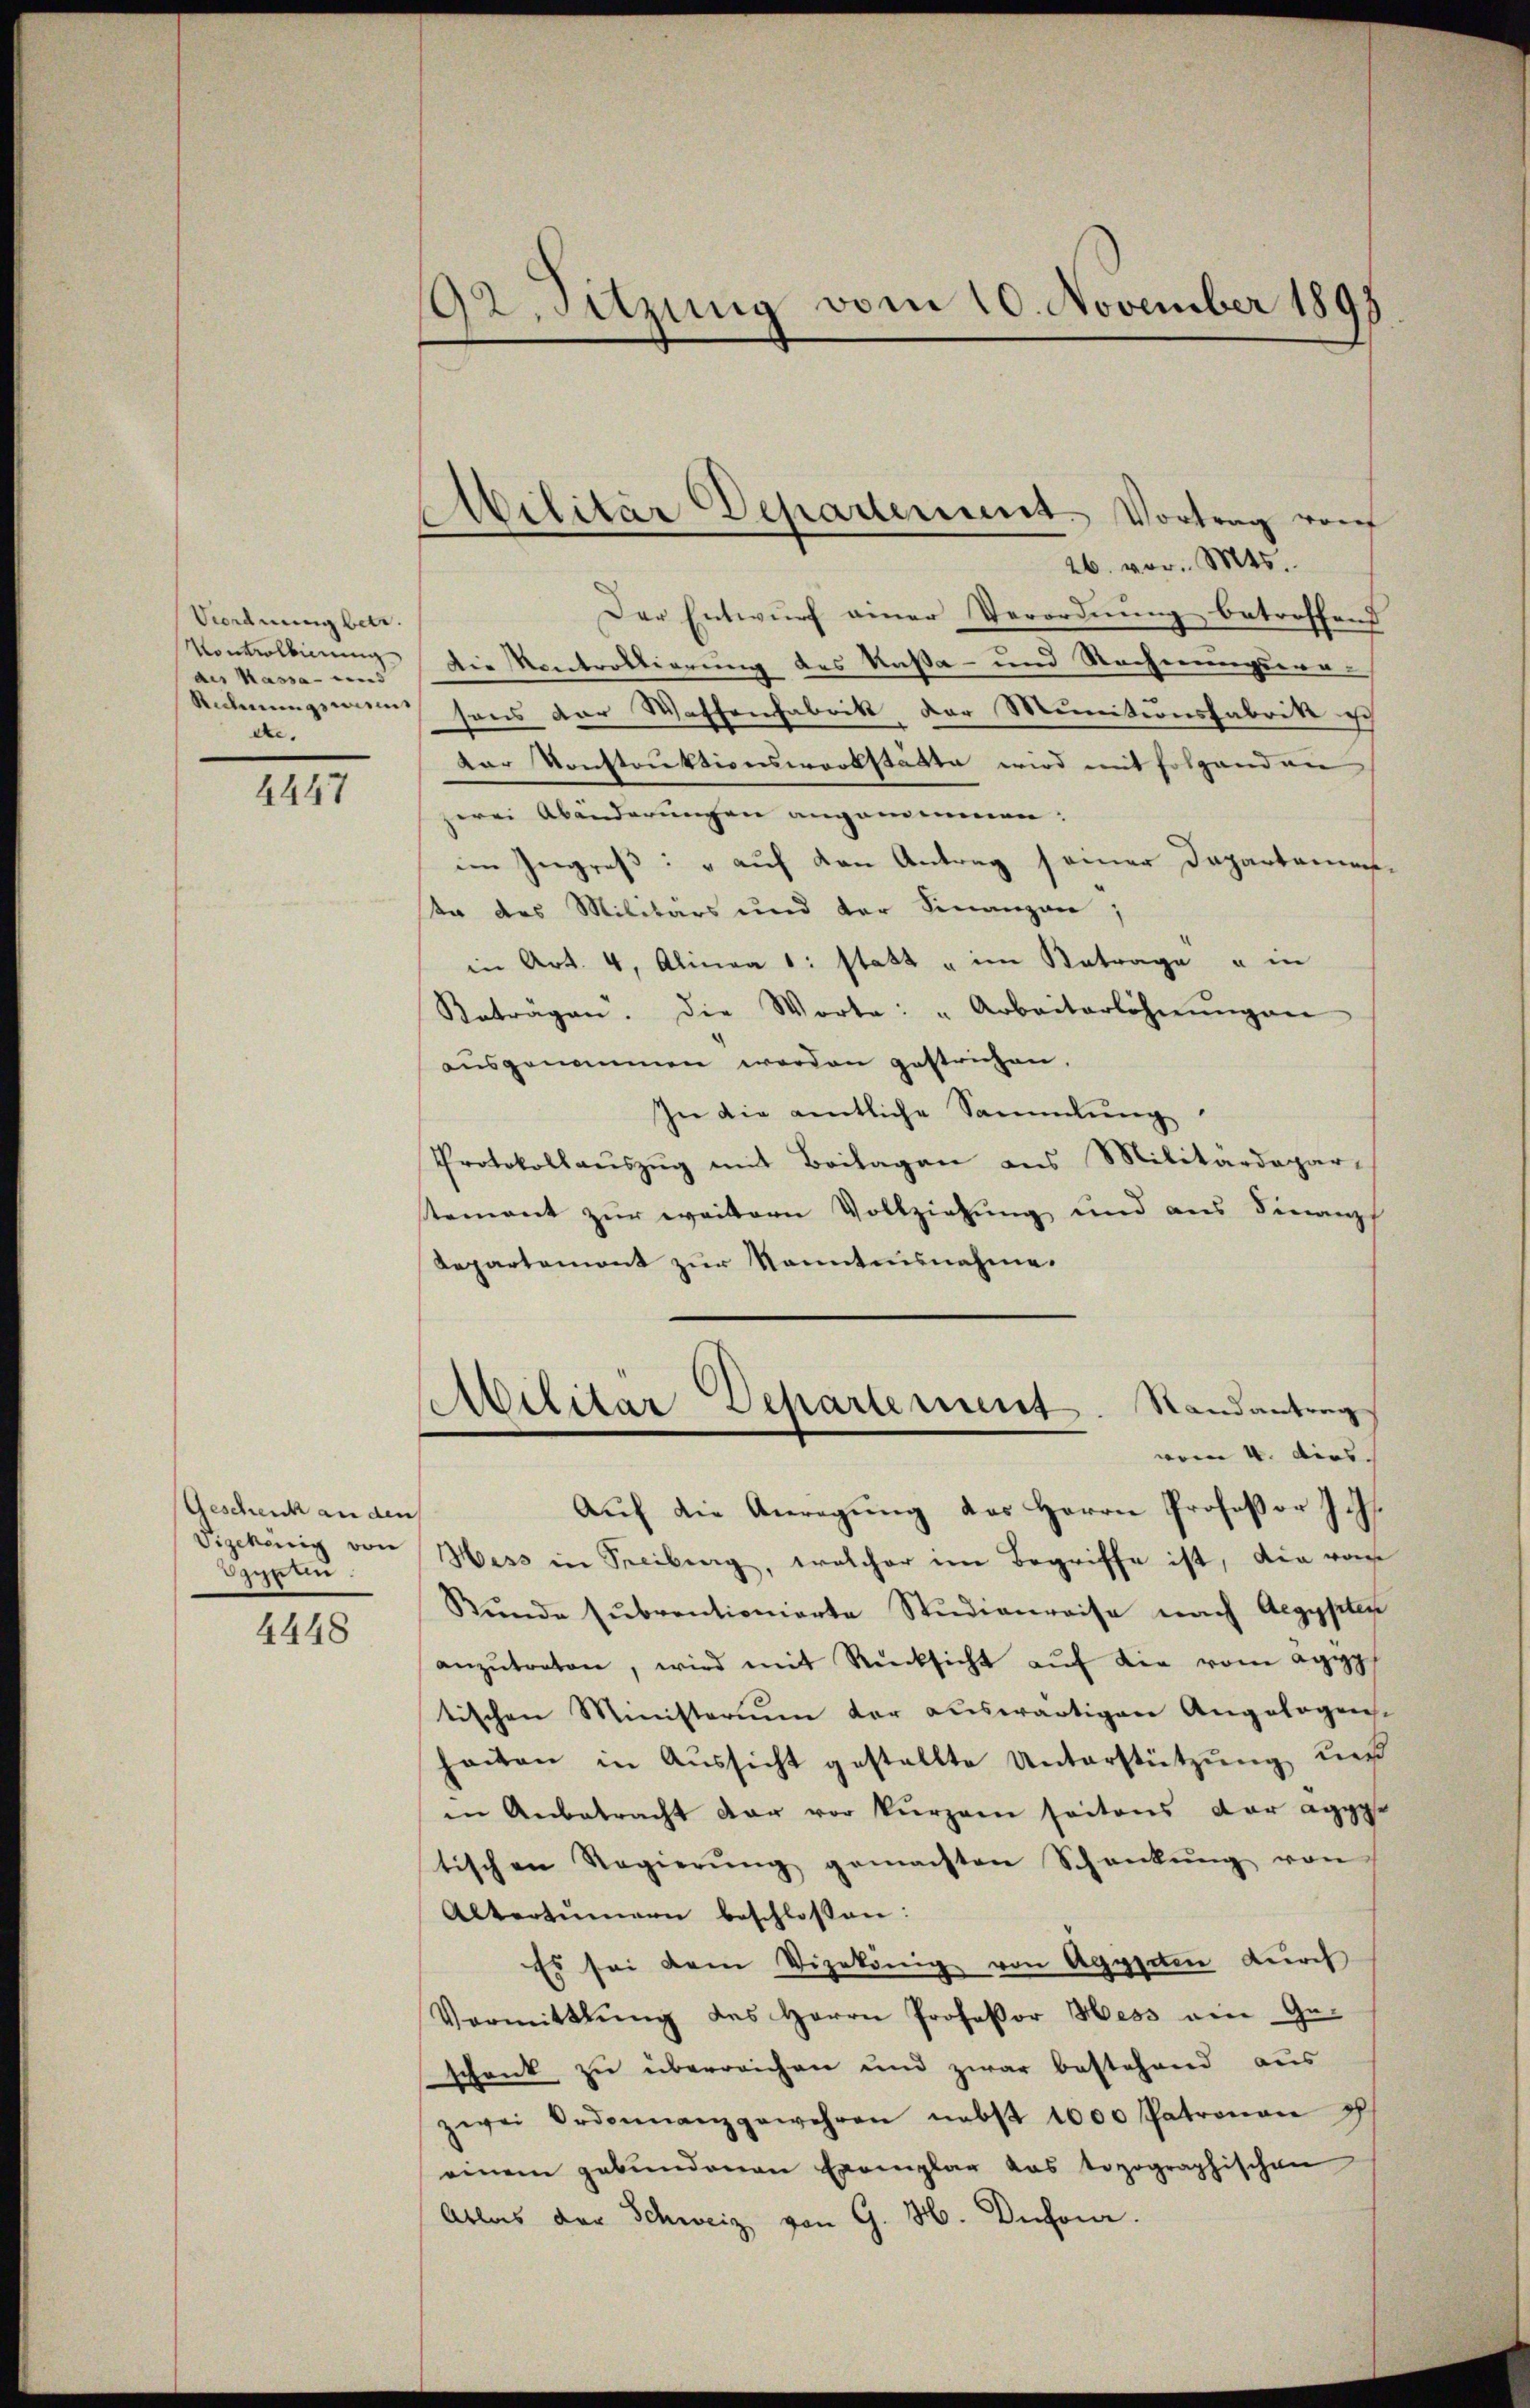
Viordnung betr.
Kontrollierung
des Kassa- und
de.

4447

Geschenk an den
Sigehörig von
Sypten.

4448

92. Sitzung vom 10. November 1895

26. vor. Mts.
Der Entwurf einer Verordnung betreffend
Die Kontrottierung des Raßa- und Rechnungswe¬
Rechnungsmann sons der Waffenfabrik der Munitionsfabrik ich
Der Konstruktionswerkstätte wird mit folgenden
zerei Abänderungen angemeinen:
im Ingres: " auf den Antrag seiner Departamensste des Militärs und der Finanzen;
in Art. 4, Alinea 1: statt u im Betrage u in
Anträgen. Die Worte: "Arbeiterlöhnŭngen
aŭsgenommen werden gestrichen.
In die amtliche Sammlung
Protokollaŭszŭg mit Beilagen aus Militärdepar-
stement zur weitern Vollziehung und aus Finanz
Repartemont zur kanntensnahme.
Militär Departement. Randantrag
vom 4. dies
Auf die Anregung des Herrn Profeßor J. Js.
Hess in Freiburg, welcher im Begriffe ist, die von
Bŭnde sŭbventionierte Studienreise nach Aegysilie
anzŭtreten, wird mit Rücksicht aŭf die vom Agyp
tischen Ministerium der auswärtigen Angelagen.
heiten in Aussicht gestellte Unterstützung uns
in Anbetracht dar vor kurzen seitens der aggg.
tischen Regierŭng gemachten Schankŭng von
Altertümern beschlossen:
Es sei dem Vizekönig von Agypeten durch
Vermittlung des Herrn Professor Hess am Ge-
schenk zu überreichen und zwar bestehend aus
zwei Ordonnanzgewehren nebst 1000 Patronau p
einem gebundenen Exemplar das topographischen
Atlas der Schweiz von G. H. Dechen.

Militär Departement. Vortrag von